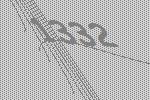
1332